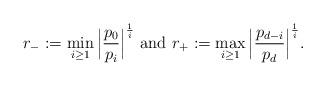
LaTeX: \begin{align*} r_-:= \min_{i\ge 1}\Big|\frac{p_0}{p_i}\Big|^{\frac{1}{i}}~{\rm and}~ r_+:=\max_{i\ge 1} \Big|\frac{p_{d-i}}{p_d}\Big|^{\frac{1}{i}}.\end{align*}